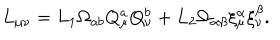
L _ { \mu \nu } = L _ { 1 } \Omega _ { a b } Q _ { \mu } ^ { a } Q _ { \nu } ^ { b } + L _ { 2 } \Omega _ { \alpha \beta } \xi _ { \mu } ^ { \alpha } \xi _ { \nu } ^ { \beta } .